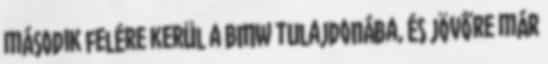
második felére kerül a BMW tulajdonába, és jövőre már